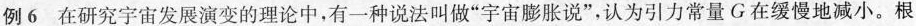
例6在研究宇宙发展演变的理论中，有一种说法叫做”宇宙膨胀说”，认为引力常量G在缓慢地减小。根